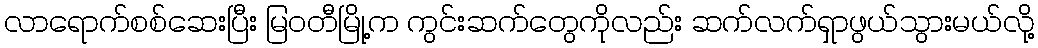
လာရောက်စစ်ဆေးပြီး မြဝတီမြို့က ကွင်းဆက်တွေကိုလည်း ဆက်လက်ရှာဖွယ်သွားမယ်လို့